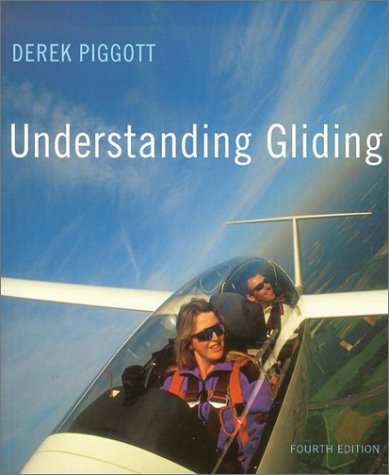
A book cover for Understanding Gliding: The Principles of Soaring Flight (Flying and Gliding); Derek Piggott; Sports & Outdoors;